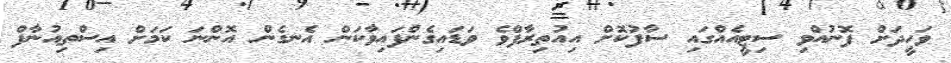
ވަހީދަށް ފޮނުއްވި ސިޓީއެއްގައި ސާފުކޮށް އިއުތިރާފްވެ ވަޑައިގެންފައިވާކަން އެނގެން އޮންނަ ކަމަށް އިސްތިއުނާފް